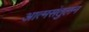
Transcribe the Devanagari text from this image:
आत्मसंतुलन